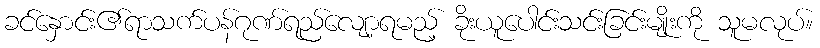
ခင်နှောင်း၏ရာသက်ပန်ဂုဏ်ရည်လျော့ရမည့် ခိုးယူပေါင်းသင်းခြင်းမျိုးကို သူမလုပ်။